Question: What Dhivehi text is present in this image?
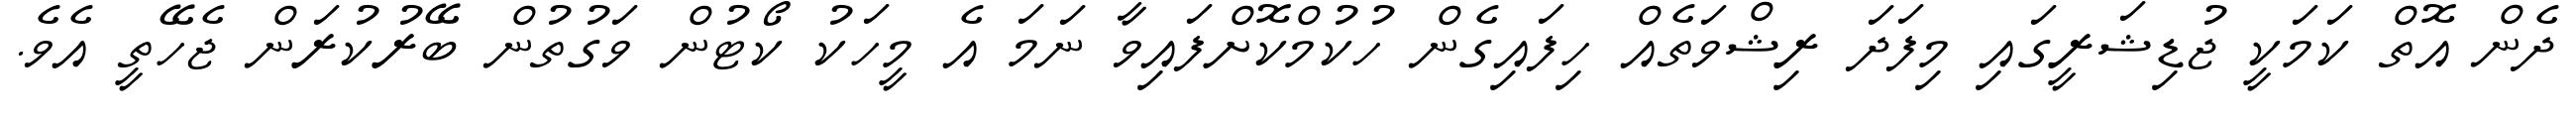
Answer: ދެން އޮތް ކަމަކީ ޖުޑިޝަރީގައި މިފަދަ ރިޝްވަތެއް ހިފައިގެން ހުކުމްކޮށްފައިވާ ނަމަ އެ މީހަކު ކޯޓުން ވަގުތުން ބޭރުކުރަން ޖެހޭތީ އެވެ.